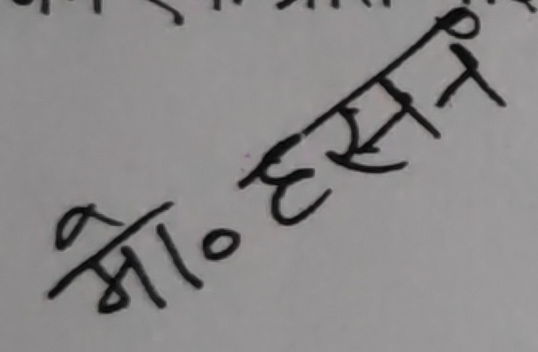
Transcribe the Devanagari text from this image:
मो० हसन